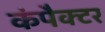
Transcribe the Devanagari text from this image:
कंपैक्टर